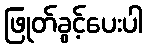
ဖြုတ်ခွင့်ပေးပါ